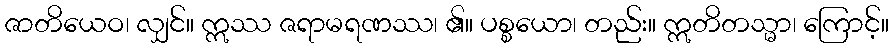
ဇာတိယေဝ၊ လျှင်။ ဣဿ ဇရာမရဏဿ၊ ၏။ ပစ္စယော၊ တည်း။ ဣတိတသ္မာ၊ ကြောင့်။